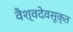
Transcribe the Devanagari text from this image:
वैश्वदेवसूक्त